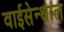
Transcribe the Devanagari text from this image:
वाईसेन्थाल